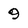
Character: 9